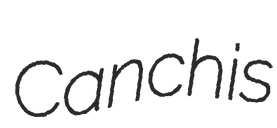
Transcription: Canchis